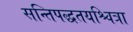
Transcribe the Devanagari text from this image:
सन्तिपद्धतयश्चित्रा